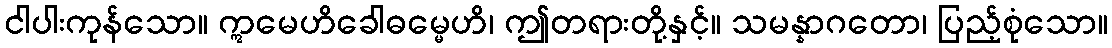
ငါပါးကုန်သော။ ဣမေဟိခေါဓမ္မေဟိ၊ ဤတရားတို့နှင့်။ သမန္နာဂတော၊ ပြည့်စုံသော။